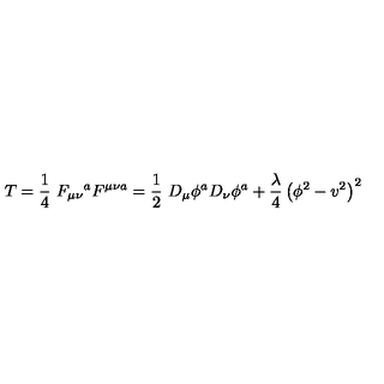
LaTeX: T = \frac { 1 } { 4 } \ F _ { \mu \nu } \mathrm { } ^ { a } F ^ { \mu \nu a } = \frac { 1 } { 2 } \ D _ { \mu } \phi ^ { a } D _ { \nu } \phi ^ { a } + \frac { \lambda } { 4 } \left( \phi ^ { 2 } - v ^ { 2 } \right) ^ { 2 }